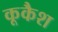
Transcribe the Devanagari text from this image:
कूकैश